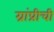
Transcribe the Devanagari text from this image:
ग्रांप्रीची